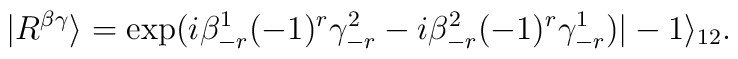
|R^{\beta\gamma}\rangle=\exp(i\beta^{1}_{-r} (-1)^{r}\gamma^{2}_{-r}-i\beta^{2}_{-r}(-1)^{r}\gamma^{1}_{-r})|-1\rangle_{12}.